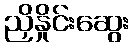
ညှိနှိုင်းဆွေး